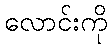
လောင်းကို